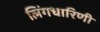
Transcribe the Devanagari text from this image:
लिंगधारिणी